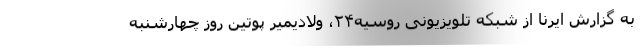
به گزارش ایرنا از شبکه تلویزیونی روسیه۲۴، ولادیمیر پوتین روز چهارشنبه